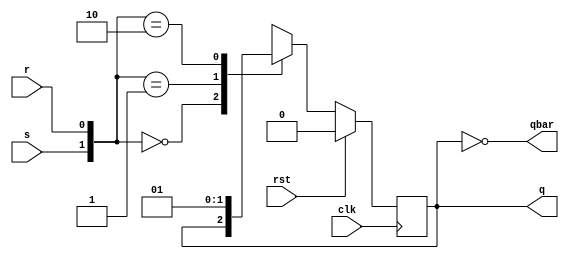
`timescale 1ns / 1ps
//////////////////////////////////////////////////////////////////////////////////
// Company: 
// Engineer: 
// 
// Design Name: 
// Module Name: d_ff_using_sr
// Project Name: 
// Target Devices: 
// Tool Versions: 
// Description: 
// 
// Dependencies: 
// 
// Revision:
// Revision 0.01 - File Created
// Additional Comments:
// 
//////////////////////////////////////////////////////////////////////////////////
module sr_ff(input clk,rst,s,r,output reg q=0,output qbar);
assign qbar=~q;
always@(posedge clk)
begin
if(!rst)
begin
case({s,r})
2'b00:q<=q;
2'b01:q<=0;
2'b10:q<=1;
2'b11:q<=1'bx;
endcase
end
else
q<=1'b0;
end
endmodule

module d_ff_using_sr(
    input clk,
    input rst,
    input d,
    output q,
    output qbar
    );
    wire x1,x2;
    assign x1=d;
    assign x2=~d;
    sr_ff SRFF(clk,rst,x1,x2,q,qbar);
endmodule